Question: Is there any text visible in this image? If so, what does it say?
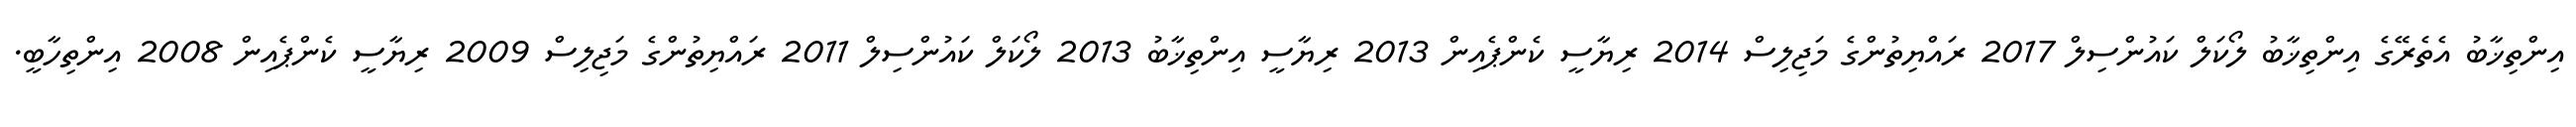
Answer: އިންތިޚާބު އެތެރޭގެ އިންތިޚާބު ލޯކަލް ކައުންސިލް 2017 ރައްޔިތުންގެ މަޖިލިސް 2014 ރިޔާސީ ކެންޕެއިން 2013 ރިޔާސީ އިންތިޚާބު 2013 ލޯކަލް ކައުންސިލް 2011 ރައްޔިތުންގެ މަޖިލިސް 2009 ރިޔާސީ ކެންޕެއިން 2008 އިންތިހާބީ.